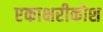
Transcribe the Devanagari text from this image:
एकाक्षरीकोश